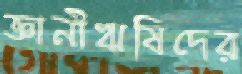
জ্ঞানীঋষিদের